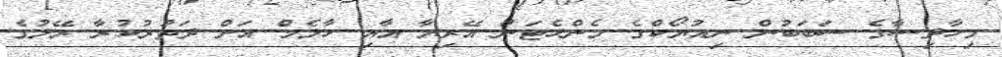
މިހާދިސާގެ ސަބަބުން ނިއުޔޯކްގެ މެންހެޓަން އޭރިޔާ އާއި ހާލެމް އަށް ދަތުރުކުރާ ރޭލުގެ